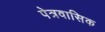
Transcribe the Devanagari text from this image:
पेत्रवासिक